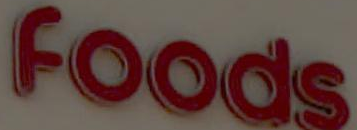
Foods